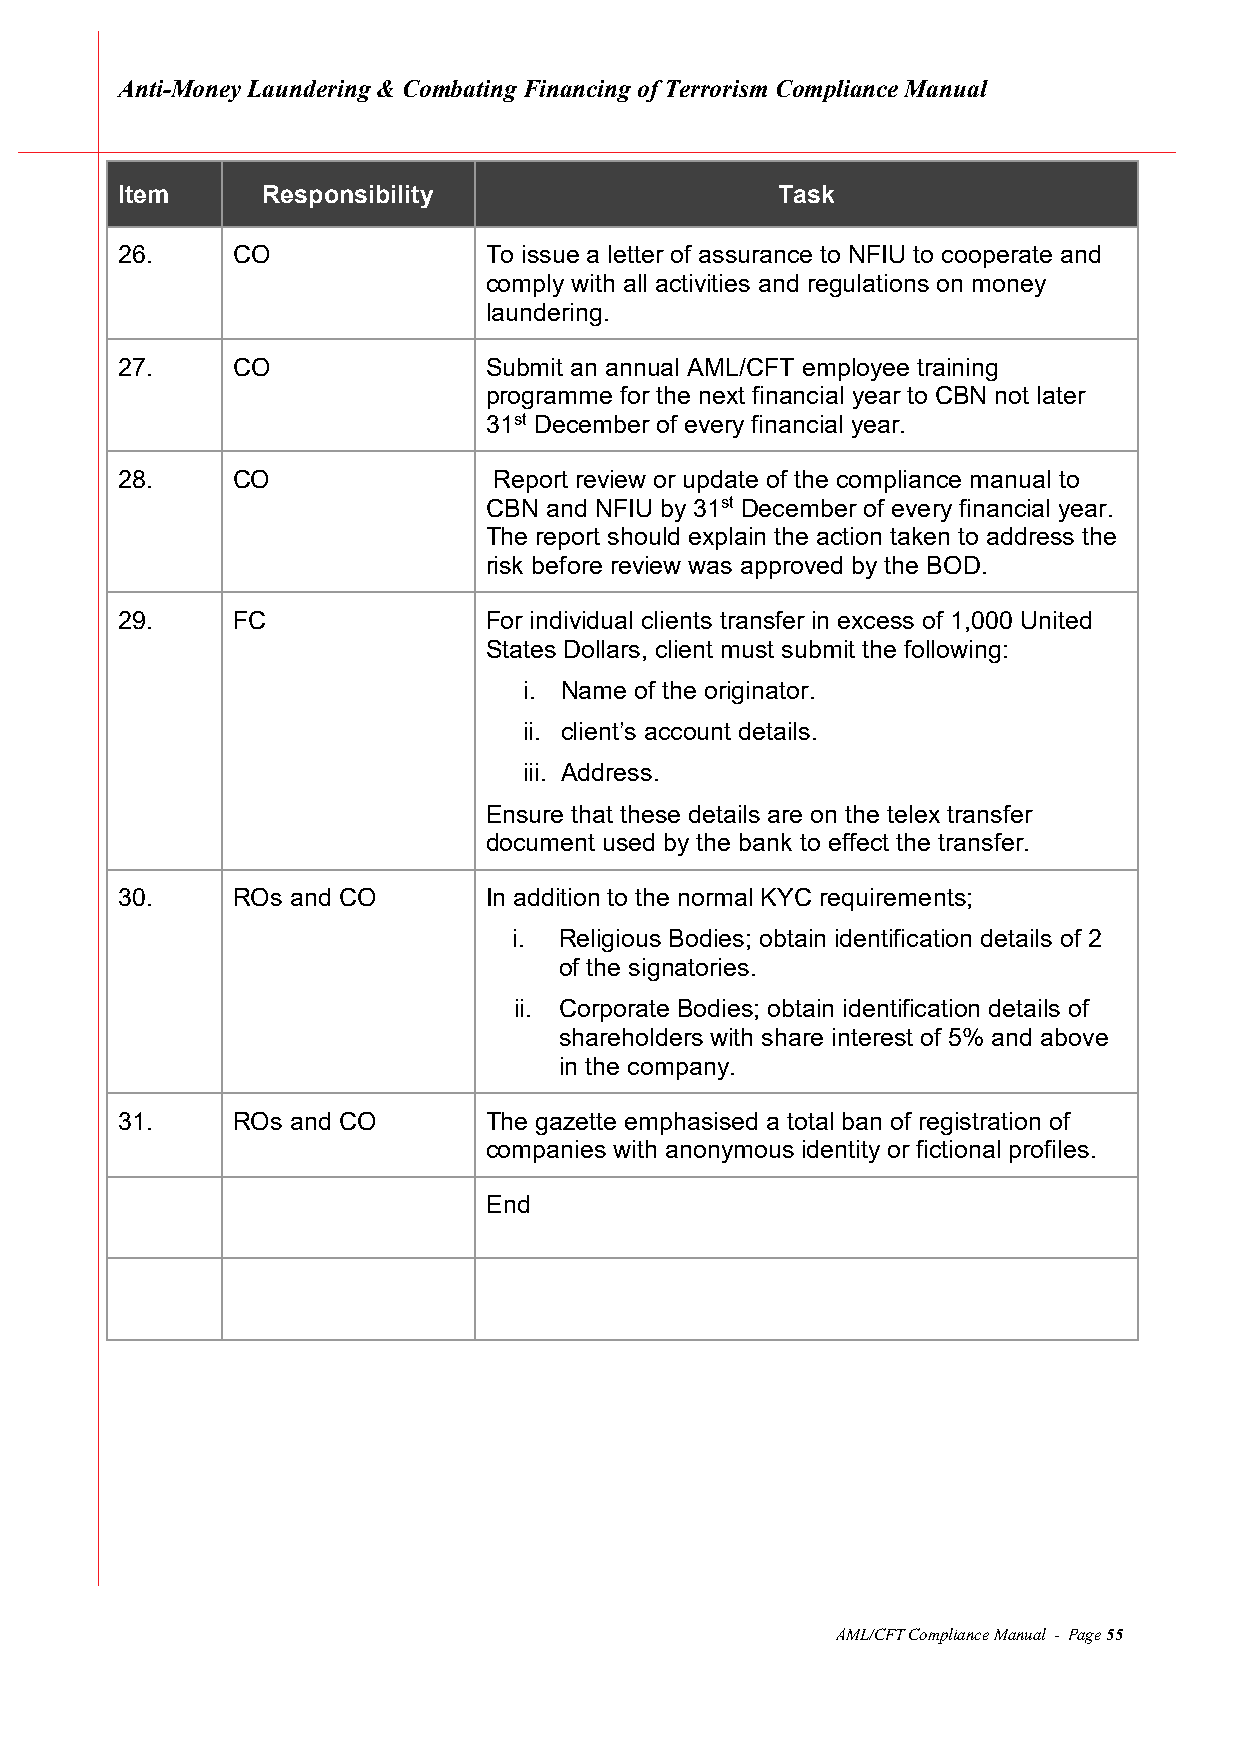
Anti-Money Laundering & Combating Financing of Terrorism Compliance Manual
 Item     Responsibility                    Task
 26.    CO               To issue a letter of assurance to NFIU to cooperate and
 comply with all activities and regulations on money
 laundering.
 27.    CO               Submit an annual AML/CFT employee training
 programme for the next financial year to CBN not later
 31st December of every financial year.
 28.    CO                Report review or update of the compliance manual to
 CBN and NFIU by 31st December of every financial year.
 The report should explain the action taken to address the
 risk before review was approved by the BOD.
 29.    FC               For individual clients transfer in excess of 1,000 United
 States Dollars, client must submit the following:
 i. Name of the originator.
 ii. client’s account details.
 iii. Address.
 Ensure that these details are on the telex transfer
 document used by the bank to effect the transfer.
 30.    ROs and CO       In addition to the normal KYC requirements;
 i. Religious Bodies; obtain identification details of 2
 of the signatories.
 ii. Corporate Bodies; obtain identification details of
 shareholders with share interest of 5% and above
 in the company.
 31.    ROs and CO       The gazette emphasised a total ban of registration of
 companies with anonymous identity or fictional profiles.
 End
 AML/CFT Compliance Manual - Page 55